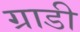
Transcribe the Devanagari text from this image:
ग्राडी